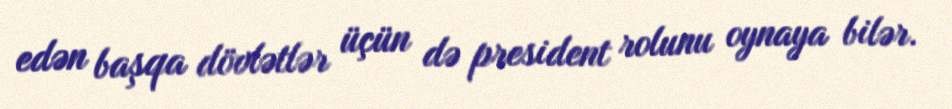
edən başqa dövlətlər üçün də president rolunu oynaya bilər.